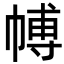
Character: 𭘰